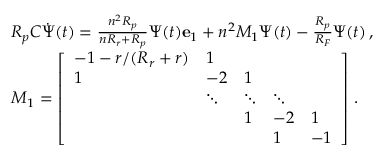
\begin{array} { r l } & { R _ { p } C \dot { \boldsymbol { \Psi } } ( t ) = \frac { n ^ { 2 } R _ { p } } { n R _ { r } + R _ { p } } \Psi ( t ) \mathbf { e } _ { 1 } + n ^ { 2 } M _ { 1 } \boldsymbol { \Psi } ( t ) - \frac { R _ { p } } { R _ { F } } \boldsymbol { \Psi } ( t ) \, , } \\ & { M _ { 1 } = \left[ \begin{array} { l l l l l } { - 1 - r / ( R _ { r } + r ) } & { 1 } & & & \\ { 1 } & { - 2 } & { 1 } & & \\ & { \ddots } & { \ddots } & { \ddots } & \\ & & { 1 } & { - 2 } & { 1 } \\ & & & { 1 } & { - 1 } \end{array} \right] \, . } \end{array}